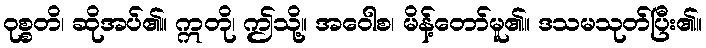
ဝုစ္စတိ၊ ဆိုအပ်၏။ ဣတို၊ ဤသို့။ အဝေါစ၊ မိန့်တော်မူ၏။ ဒသမသုတ်ပြီး၏။